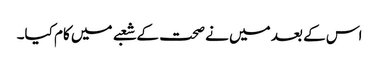
اس کے بعد میں نے صحت کے شعبے میں کام کیا۔